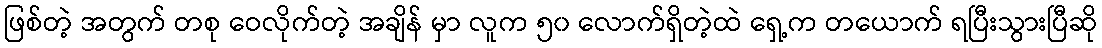
ဖြစ်တဲ့ အတွက် တစု ဝေလိုက်တဲ့ အချိန် မှာ လူက ၅၀ လောက်ရှိတဲ့ထဲ ရှေ့က တယောက် ရပြီးသွားပြီဆို